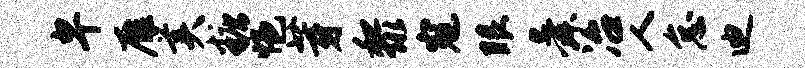
卑雁美糖悒芽黎寇眼舜冶人怠迪